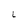
Character: L